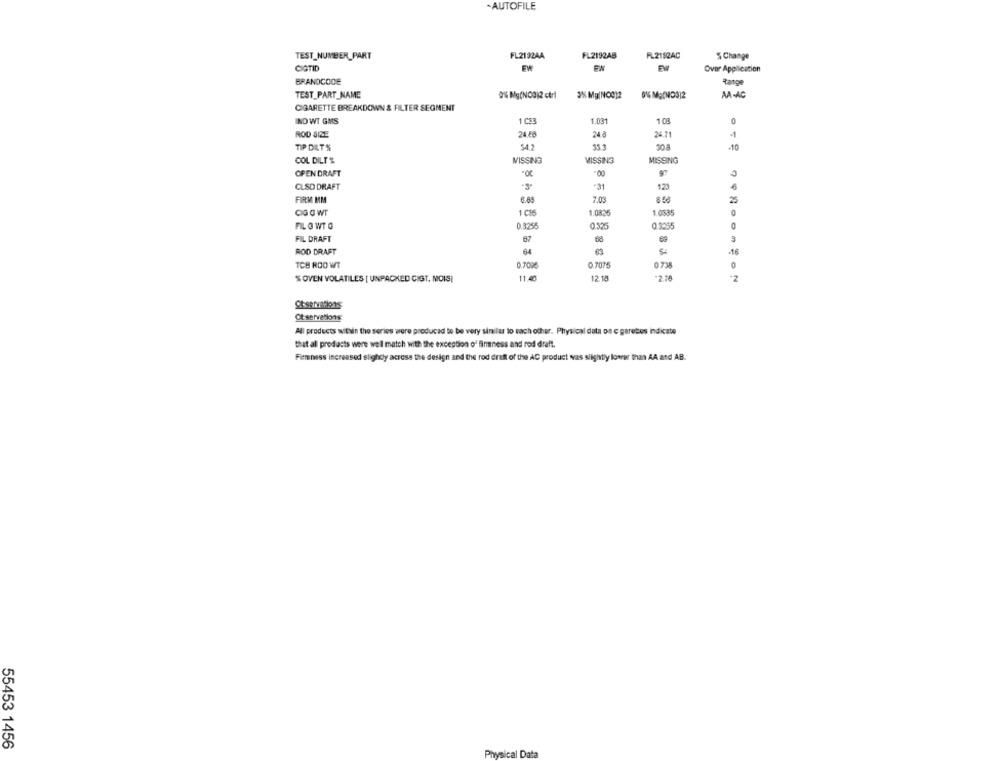
AUTOFILE
FL2192AB
TEST_NUMBER_PART
FL21924A
R_2152AC
5 Change
CIGTID
EW
FW
FW
Over Application
BRANDCODE
Range
TEST_PART_NAME
0% Mg(NO3)2 ctrl
3% Mg/Nce)2
AA-AC
CIGARETTE BREAKDOWN & FILTER SEGMENT
IND WT GMS
1 CS3
1.031
1 08
0
ROD SIZE
24.40
24 a
24.71
-1
TIP DIT%
54.7
35.3
30.8
-10
COL DILTS
MISSING
MISSING
MISSING
OPEN DRAFT
CLSD DRAFT
*31
123
6
FIRM MM
7.03
858
25
1.0836
1.0585
FIL Q WT O
0.3255
0.325
01335
0
FIL DRAFT
ROD DRAFT
-16
TCB ROO WT
0.7008
0.7075
0738
'S OVEN VOLATILES [ UNPACKED CIGT. MOIS]
11.45
12.18
*2.78
Ot servations
All products within the series were produced to be very similar to each other. Physical data on c garotos indicate
that all products were well match with the exception o' finness and rod draft.
Fimminiss increased slightly across the design and the rod draft of the AC product was slightly lower than AA and AB.
55453 1456
Physical Data